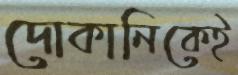
দোকানিকেই